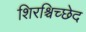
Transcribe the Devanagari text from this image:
शिरश्चिच्छेद